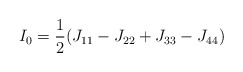
\begin{align*}I_0= \frac{1}{2} (J_{11} -J_{22} +J_{33}-J_{44})\end{align*}